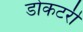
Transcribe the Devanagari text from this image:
डोकटरी